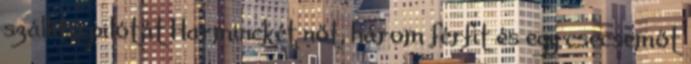
szállító pilótát Harminckét nőt, három férfit és egy csecsemőt